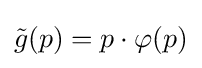
{\tilde {g}}(p)=p\cdot \varphi (p)